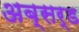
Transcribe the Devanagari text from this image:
अब्सर्ड